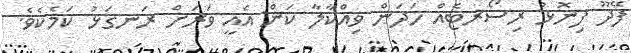
ފޭދޫ ފިނޮޅު ރިސޯރޓެއް ހަދަން ވިއްކާލާ ކަން އެއީ ވަރަށް ރަނގަޅު ކަމެކެވެ.